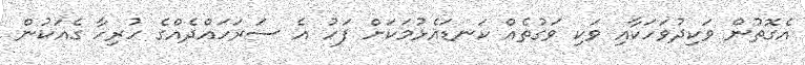
އެގޮތުން ވަކިދުވަހަކާއި ވަކި ވަގުތެއް ކަނޑައެޅުމަކަށް ފަހު އެ ސަރަހައްދެއްގެ ހުރިހާ ގެއަކުން